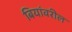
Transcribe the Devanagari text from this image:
बियांवरील